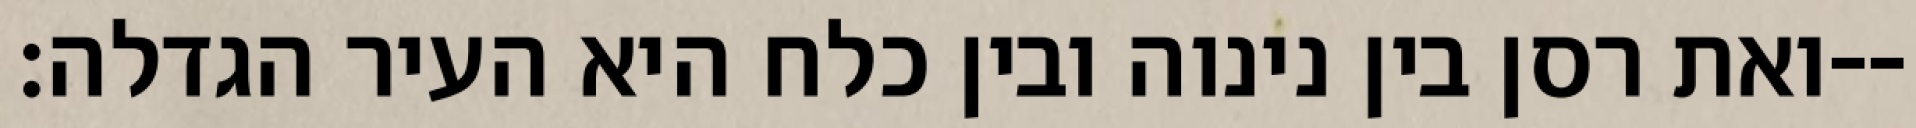
ואת רסן בין נינוה ובין כלח היא העיר הגדלה׃--